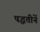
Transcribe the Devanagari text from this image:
पद्धतीनें